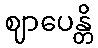
ဈာပေန္တိ